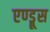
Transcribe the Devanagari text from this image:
एण्ड्रूस